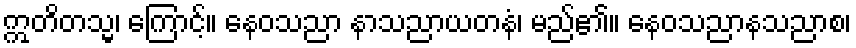
ဣတိတသ္မ၊ ကြောင့်။ နေဝသညာ နာသညာယတနံ၊ မည်၏။ နေဝသညာနသညာစ၊